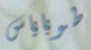
طوباياس